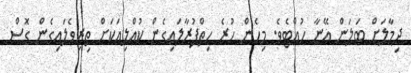
ދިމާލަށް ބަލަން އޭނާ ހުއްޓެވެ. މިހެން ހުރެ ހިތްފުރާލައިގެން ކުއްލިއަކަށް ތިރިވެލައިގެން ގޮސް